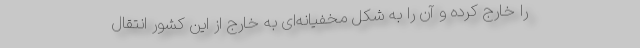
را خارج کرده و آن را به شکل مخفیانه‌ای به خارج از این کشور انتقال